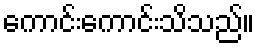
ကောင်းကောင်းသိသည်။